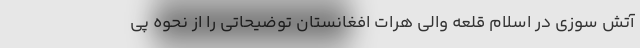
آتش سوزی در اسلام قلعه والی هرات افغانستان توضیحاتی را از نحوه پی